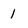
Character: 1